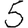
Digit: 5